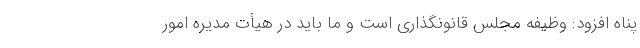
پناه افزود: وظیفه مجلس قانونگذاری است و ما باید در هیأت مدیره امور